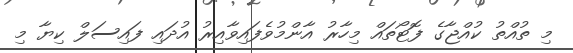
މި ތުއްތު ކުއްޖާގެ ފޮޓޯތައް މިހާރު އާންމުވެފައިވާއިރު އުދައި ފައިސަލް ކިޔާ މި